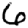
Digit: 6